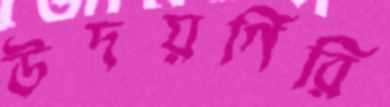
উদয়গিরি